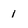
Character: 1